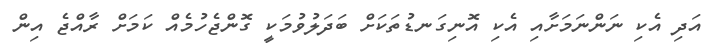
އަދި އެކި ނަންނަމަށާއި އެކި އޮނިގަނޑުތަކަށް ބަދަލުވުމަކީ ގޮންޖެހުމެއް ކަމަށް ރާއްޖެ އިން